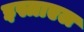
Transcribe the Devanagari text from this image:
इस्त्राएल